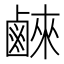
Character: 𮭮